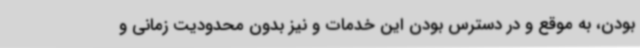
بودن، به موقع و در دسترس بودن این خدمات و نیز بدون محدودیت زمانی و